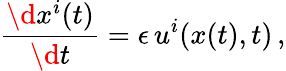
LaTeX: \frac{\d{}x^{i}(t)}{\d{}t}=\epsilon\, u^{i}(x(t),t)\, ,